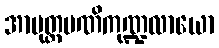
အာမုတ္တမဏိကုဏ္ဍလာယော